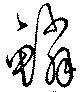
鱗